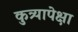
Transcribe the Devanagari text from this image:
कुत्र्यापेक्षा